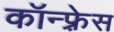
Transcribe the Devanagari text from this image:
कॉन्फ़्रेस